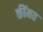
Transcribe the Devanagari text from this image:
कींमत